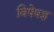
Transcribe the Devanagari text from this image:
विषेषज्ञ